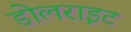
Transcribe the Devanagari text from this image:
डोलराइट